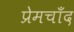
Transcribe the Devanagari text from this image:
प्रेमचाँद